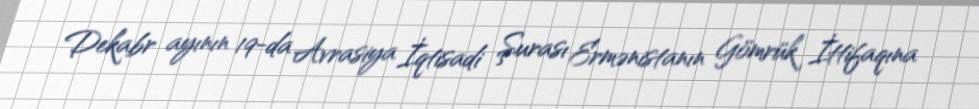
Dekabr ayının 19-da Avrasiya İqtisadi Şurası Ermənistanın Gömrük İttifaqına